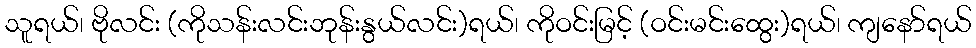
သူရယ်၊ ဗိုလင်း (ကိုသန်းလင်းဘုန်းနွယ်လင်း)ရယ်၊ ကိုဝင်းမြင့် (ဝင်းမင်းထွေး)ရယ်၊ ကျနော်ရယ်